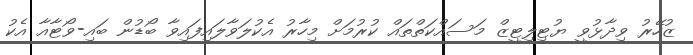
ޒުހޭރު ވިދާޅުވީ ޔުޓިލިޓީޒް މަސައްކަތްތައް ކުރުމަށް މިހާރު އެކުލަވާލައިފައިވާ ބޯޑުން ބައި-ވޯޓާއާ އެކު